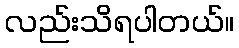
လည်းသိရပါတယ်။